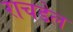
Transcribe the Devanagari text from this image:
राचडेल